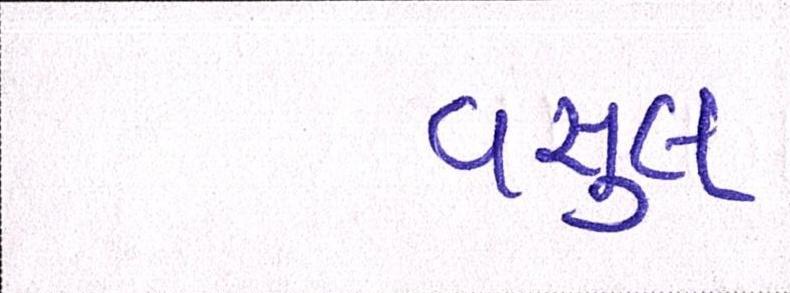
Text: વસુલ